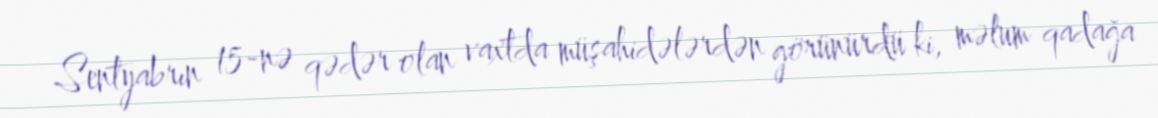
Sentyabrın 15-nə qədər olan vaxtda müşahidələrdən görünürdü ki, məlum qadağa